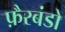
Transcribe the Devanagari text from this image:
फ़ैरबंडो